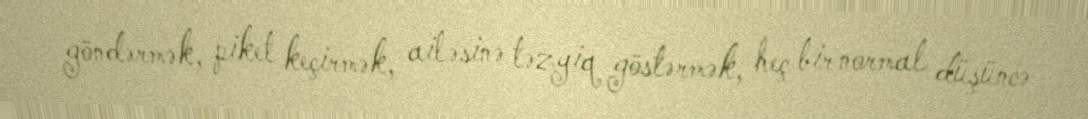
göndərmək, piket keçirmək, ailəsinə təzyiq göstərmək, heç bir normal düşüncə